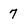
Character: 7